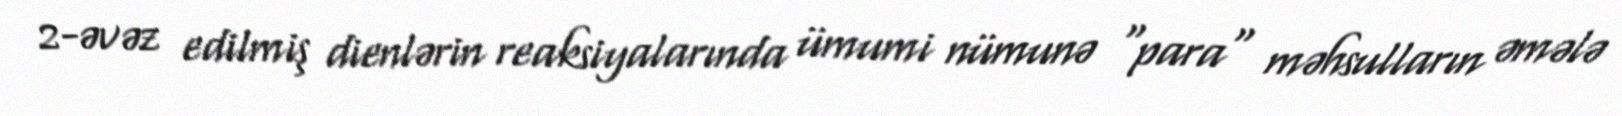
2-əvəz edilmiş dienlərin reaksiyalarında ümumi nümunə "para" məhsulların əmələ